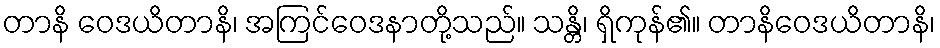
တာနိ ဝေဒယိတာနိ၊ အကြင်ဝေဒနာတို့သည်။ သန္တိ၊ ရှိကုန်၏။ တာနိဝေဒယိတာနိ၊